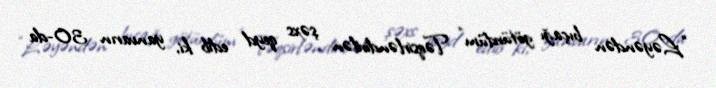
“Ləyəndən bıçağı götürdüm” Təqsirləndirilən şəxs qeyd edib ki, yanvarın 30-da